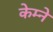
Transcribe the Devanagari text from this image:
केम्ने